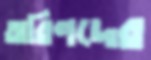
অরিণদের